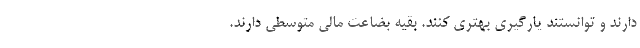
دارند و توانستند یارگیری بهتری کنند. بقیه بضاعت مالی متوسطی دارند.